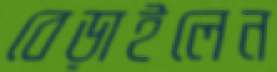
বেড়াইলেন